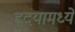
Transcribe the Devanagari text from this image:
ह्र्दयामध्ये